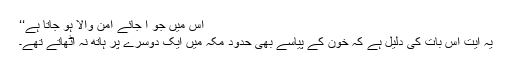
اس میں جو آ جائے امن والا ہو جاتا ہے‘‘
یہ آیت اس بات کی دلیل ہے کہ خون کے پیاسے بھی حدود مکہ میں ایک دوسرے پر ہاتھ نہ اٹھاتے تھے۔